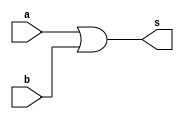
/*
* Aluno: Henrique Augusto Rodrigues
* Arquitetura 1 - Tarde
* Guia_05  Exemplo 0505.
*/
module ex_05 (output s, input a, b);

wire not_nor;

nor NOR1 (not_nor, a, b);
nor NOR2 (s, not_nor, not_nor);

endmodule

module control (output s, input a, b);

assign s = a | b;

endmodule

module test;

reg x;
reg y;
wire a, b;

ex_05 moduloA (a, x, y);
control moduloB (b, x, y);

//main
initial
begin : main
//id
$display("Guia 05 Ex. 05");

//monitor
$display("  x   y   NOR   Controle");

//first signal
#1 x=1'b0; y=1'b0;

$monitor("%3b %3b %4b %8b", x, y, a, b);

//signals
#1 x=0; y=1;
#1 x=1; y=0;
#1 x=1; y=1;

end // main
endmodule // Guia